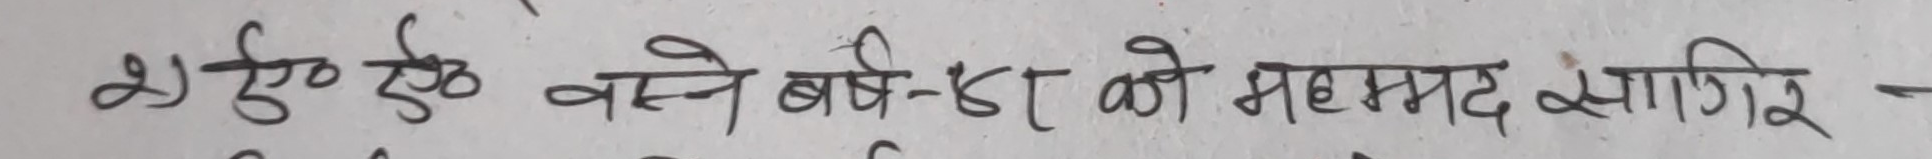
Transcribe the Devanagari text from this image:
२) ए वस्ने बर्ष-डा को महम्मद सगिर -